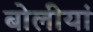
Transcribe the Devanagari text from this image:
बोलीयां